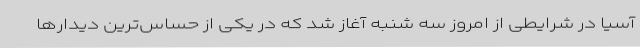
آسیا در شرایطی از امروز سه شنبه آغاز شد که در یکی از حساس‌ترین دیدارها